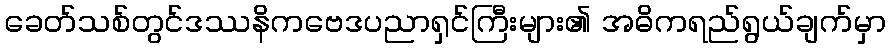
ခေတ်သစ်တွင်ဒဿနိကဗေဒပညာရှင်ကြီးများ၏ အဓိကရည်ရွယ်ချက်မှာ